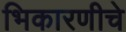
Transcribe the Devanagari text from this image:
भिकारणीचे